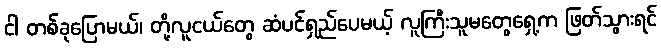
ငါ တစ်ခုပြောမယ်၊ တို့လူငယ်တွေ ဆံပင်ရှည်ပေမယ့် လူကြီးသူမတွေရှေ့က ဖြတ်သွားရင်